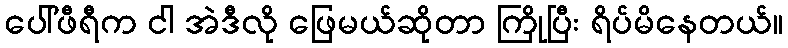
ပေါ်ဖီရီက ငါ အဲဒီလို ဖြေမယ်ဆိုတာ ကြိုပြီး ရိပ်မိနေတယ်။